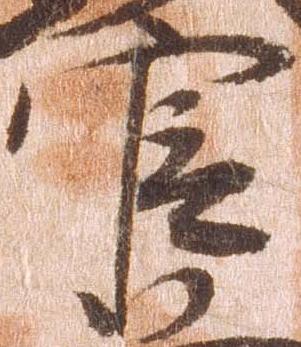
官